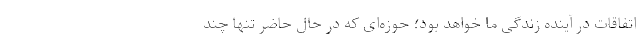
اتفاقات در آینده زندگی ما خواهد بود؛ حوزه‌ای که در حال حاضر تنها چند